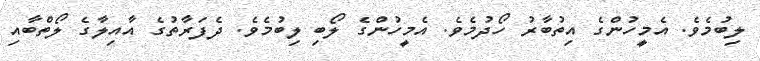
ލިބުމެވެ. އެމީހުންގެ އިތުބާރު ހޯދުމެވެ. އެމީހުންގެ ލޯބި ލިބުމެވެ. ދެފަރާތުގެ އާއިލާގެ ލޯތްބާއި